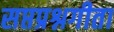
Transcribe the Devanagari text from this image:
सप्तप्रश्नगीता